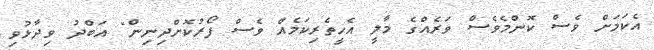
އެކަމަށް ވެސް ކޮންމެވެސް ވަރެއްގެ މާލީ އެހީތެރިކަމެއް ވެސް ފޯރުކޮށްދިނިން" އަބްދު ވިދާޅުވި